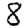
Digit: 8